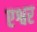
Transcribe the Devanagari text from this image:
एश्वर